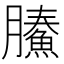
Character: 𩹙